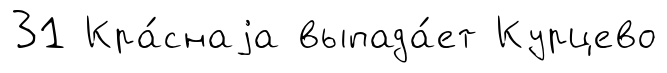
31 Кра́снаjа выпада́ет Курцево